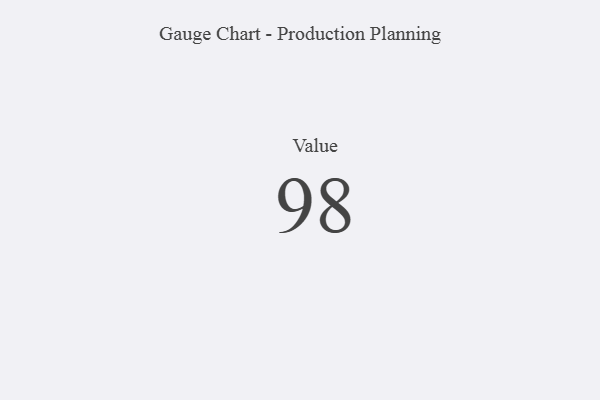
{"axis": {"x": "Metric", "y": "Value"}, "legend": [""], "data": [{"x": "Value", "y": 98, "type": ""}]}